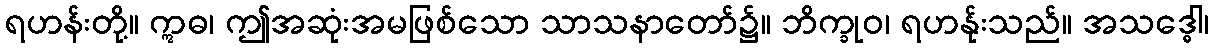
ရဟန်းတို့။ ဣဓ၊ ဤအဆုံးအမဖြစ်သော သာသနာတော်၌။ ဘိက္ခုဝ၊ ရဟန်ုးသည်။ အသဒ္ဓေါ၊